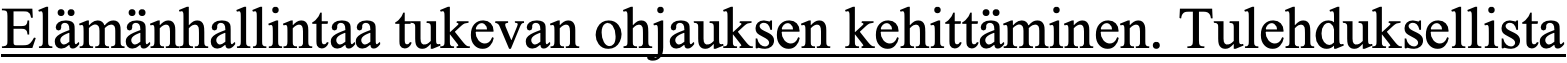
Elämänhallintaa tukevan ohjauksen kehittäminen. Tulehduksellista